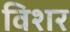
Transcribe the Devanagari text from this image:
विशर